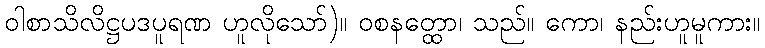
ဝါစာသိလိဋ္ဌပဒပူရဏ ဟူလိုသော်)။ ဝစနတ္ထော၊ သည်။ ကော၊ နည်းဟူမူကား။